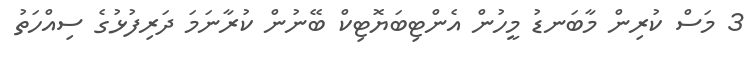
3 މަސް ކުރިން މާބަނޑު މީހުން އެންޓިބަޔޮޓިކް ބޭނުން ކުރާނަމަ ދަރިފުޅުގެ ސިއްހަތު